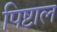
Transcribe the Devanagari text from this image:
पिष्टाल